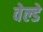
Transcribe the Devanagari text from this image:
वेल्डे